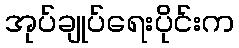
အုပ်ချုပ်ရေးပိုင်းက